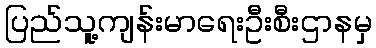
ပြည်သူ့ကျန်းမာရေးဦးစီးဌာနမှ